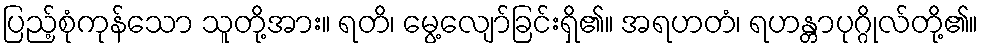
ပြည့်စုံကုန်သော သူတို့အား။ ရတိ၊ မွေ့လျော်ခြင်းရှိ၏။ အရဟတံ၊ ရဟန္တာပုဂ္ဂိုလ်တို့၏။